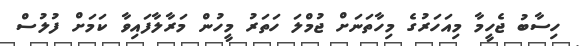
ހިސާބު ޖެހީމާ މިއަހަރުގެ މިހާތަނަށް ޖުމްލަ ހަތަރު މީހުން މަރާލާފައިވާ ކަމަށް ފުލުސް